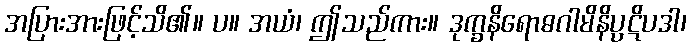
အပြားအားဖြင့်သိ၏။ ပ။ အယံ၊ ဤသည်ကား။ ဒုက္ခနိရောဓဂါမိနိပ္ပဋိပဒါ၊